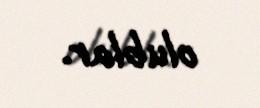
olublar.